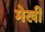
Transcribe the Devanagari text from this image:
मेखी